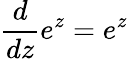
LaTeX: {\frac{d}{dz}}e^{z}=e^{z}